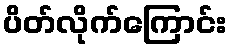
ပိတ်လိုက်ကြောင်း